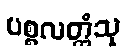
ပစ္စလတ္ထံသု